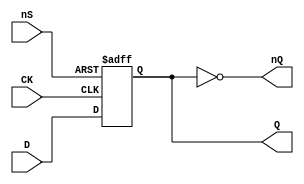
// Fujitsu AV cell
// DFF with SET
// furrtek 2022

`timescale 1ns/100ps

module FDN(
	input CK,
	input D,
	input nS,
	output reg Q,
	output nQ
);

always @(posedge CK or negedge nS) begin
	if (!nS)
		Q <= 1'b1;	// tmax = 2.9ns
	else
		Q <= D;		// tmax = 6.1ns
end

assign nQ = ~Q;

endmodule